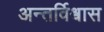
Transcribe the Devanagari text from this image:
अन्तर्विश्वास